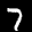
Label: 7